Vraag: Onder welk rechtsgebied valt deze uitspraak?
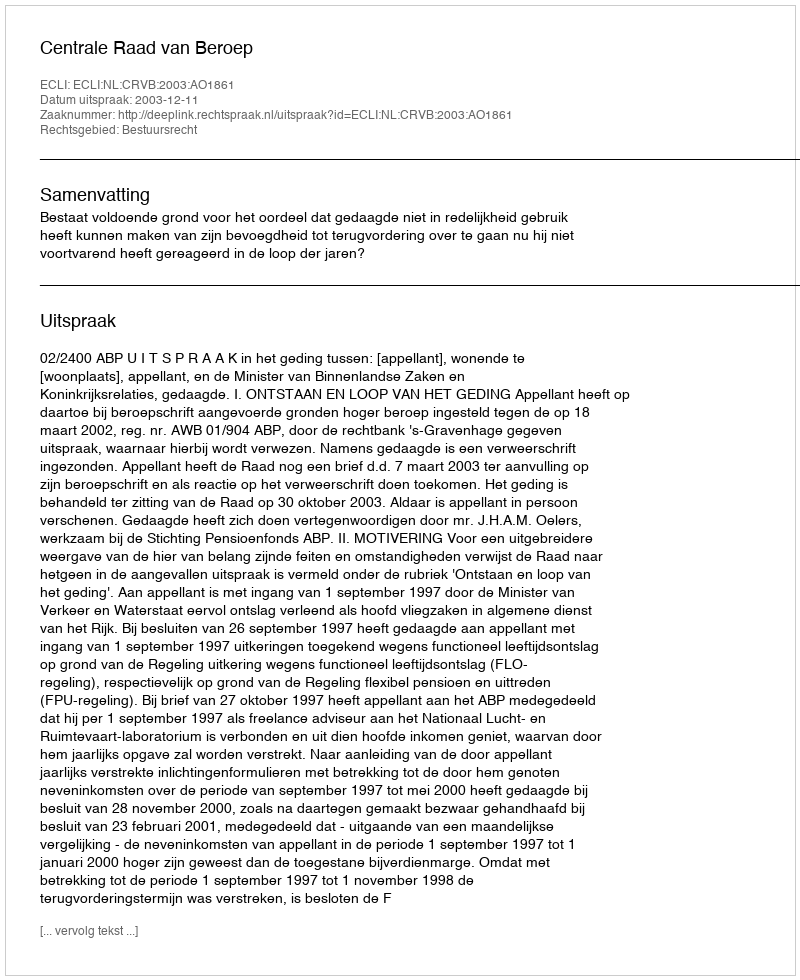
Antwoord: Bestuursrecht